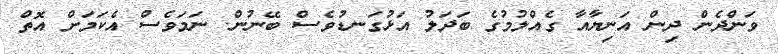
ވަންދެން ދިން އަނިޔާއާ ގެއްލުމުގެ ބަދަލު އަޅުގަނޑުވެސް ބޭނުން. ނަމަވެސް އެކަމަށް އޮތް